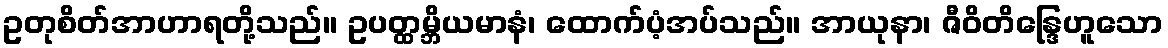
ဥတုစိတ်အာဟာရတို့သည်။ ဥပတ္ထမ္ဘိယမာနံ၊ ထောက်ပံ့အပ်သည်။ အာယုနာ၊ ဇီဝိတိန္ဒြေဟူသော